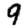
Digit: 9